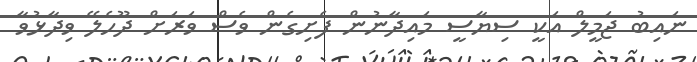
ނައިބު ޖަމީލް އަކީ ސިޔާސީ މައިދާނުން ފެށިގެން ވެސް ވަރަށް ދޫހެލޭ ވިދާޅުވާ